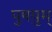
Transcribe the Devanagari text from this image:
पुष़युम्